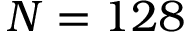
N = 1 2 8